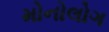
મોનોલોગ